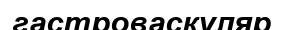
гастроваскуляр